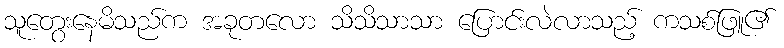
သူတွေးနေမိသည်က အခုတလော သိသိသာသာ ပြောင်းလဲလာသည့် ကသစ်ဖြူ၏